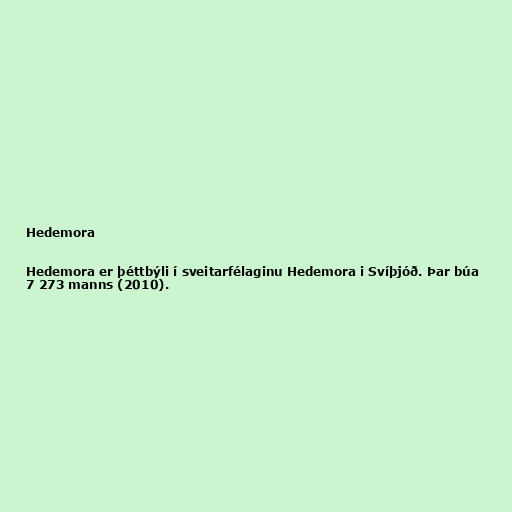
Hedemora

Hedemora er þéttbýli í sveitarfélaginu Hedemora i Svíþjóð. Þar búa
7 273 manns (2010).